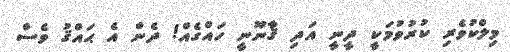
މިލްކުވެރި ކުރުވުމަކީ ދީނީ އަދި ޤާނޫނީ ހައްގެއް! ދެން އެ ޙައްްޤު ވެސް